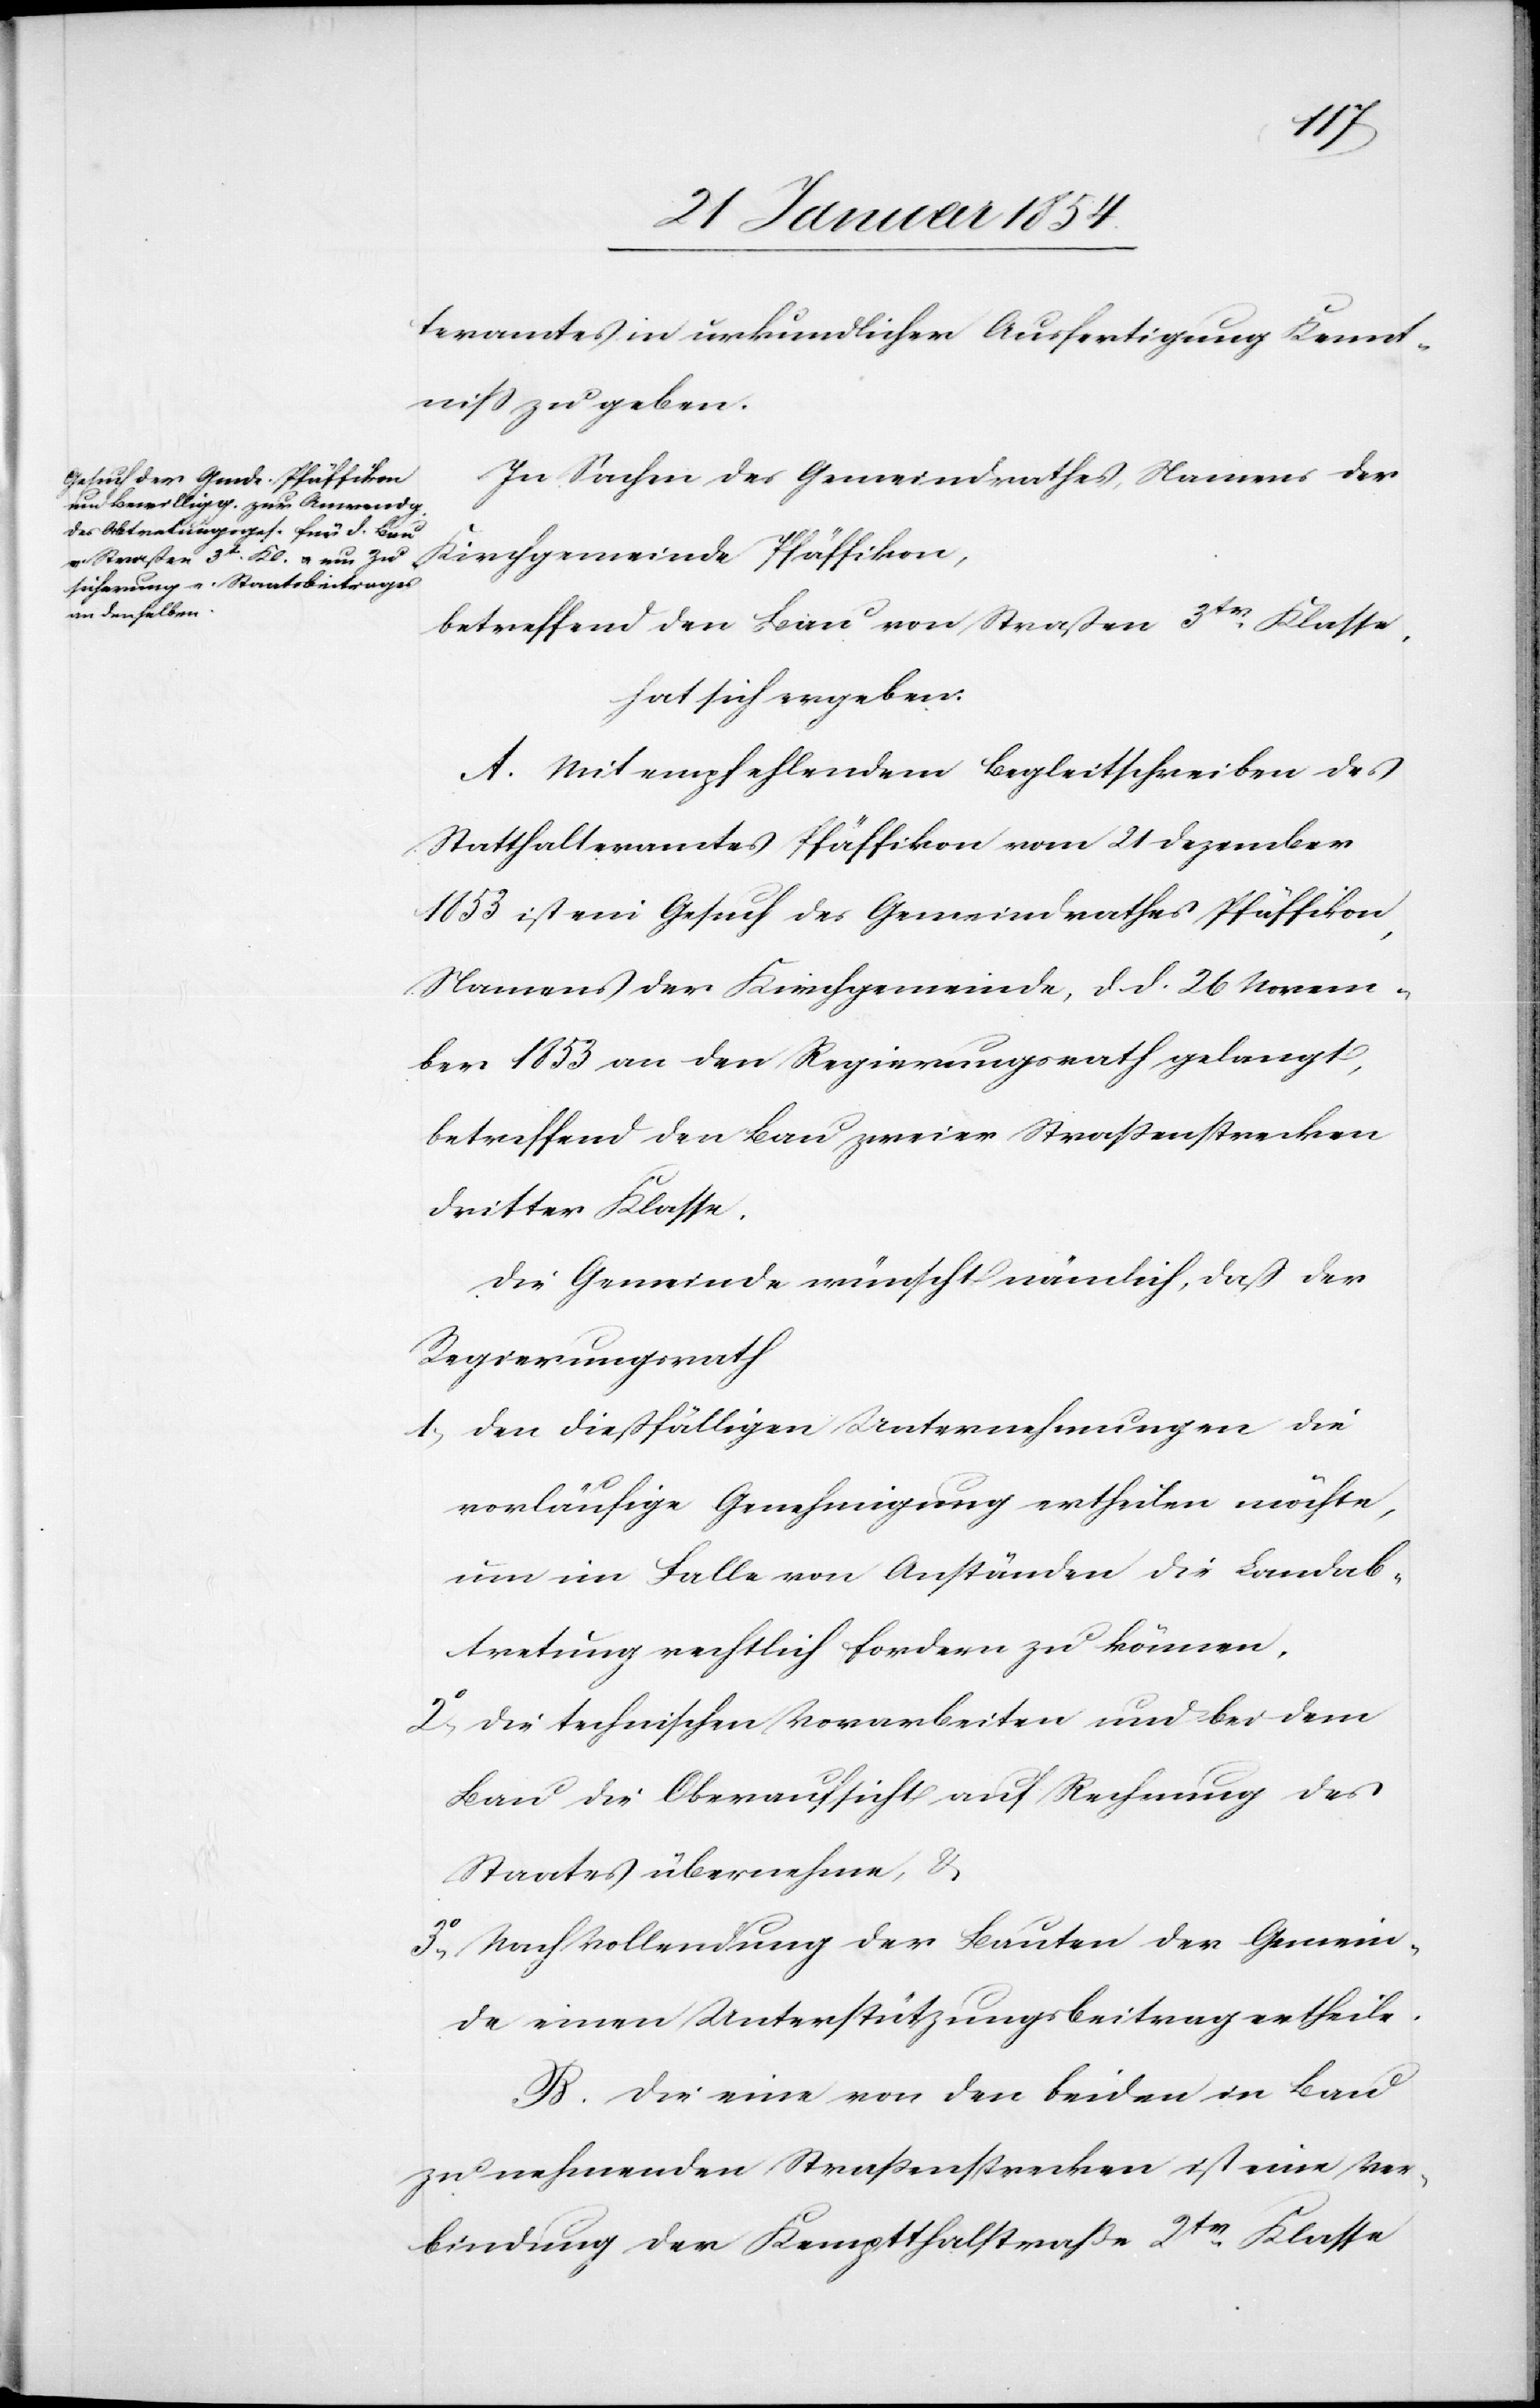
teramtes in urkundlicher Ausfertigung Kennt¬
niß zu geben.
In Sachen des Gemeindrathes, Namens der
Kirchgemeinde Pfäffikon,
betreffend den Bau von Straßen 3tr Klasse,
hat sich ergeben:
A. Mit empfehlendem Begleitschreiben des
Statthalteramtes Pfäffikon vom 21 Dezember
1853 ist ein Gesuch des Gemeindrathes Pfäffikon,
Namens der Kirchgemeinde, d. d. 26 Novem¬
ber 1853 an den Regierungsrath gelangt,
betreffend den Bau zweier Straßenstrecken
dritter Klasse.
Die Gemeinde wünscht nämlich, daß der
Regierungsrath
1 den dießfälligen Unternehmungen die
vorläufige Genehmigung ertheilen möchte,
um im Falle von Anständen die Landab¬
tretung rechtlich fordern zu können.
2o die technischen Vorarbeiten und bei dem
Bau die Oberaufsicht auf Rechnung des
Staates übernehmen, &
3o Nach Vollendung der Bauten der Gemein¬
de einen Unterstützungsbeitrag ertheile.
B. Die eine von den beiden in Bau
zu nehmenden Straßenstrecken ist eine Ver¬
bindung der Kemptthalstraße 2tr Klasse